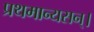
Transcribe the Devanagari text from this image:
प्रथमान्यसन्।